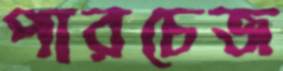
পারচেজ